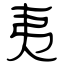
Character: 夷